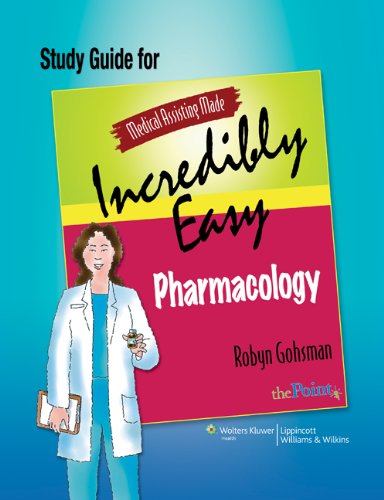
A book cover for Medical Assisting Made Incredibly Easy: Pharmacology Study Guide; Robyn Gohsman AAS; Medical Books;